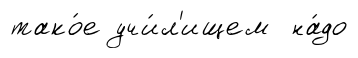
тако́е учи́л'ищем на́до